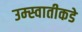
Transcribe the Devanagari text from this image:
उम्स्वातीकडे